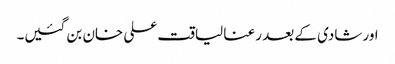
اور شادی کے بعد رعنا لیاقت علی خان بن گئیں۔